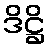
ဒိဋ္ဌိ